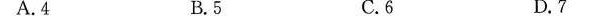
A.4 B.5 C.6 D.7